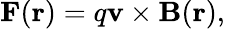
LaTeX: \mathbf{F}(\mathbf{r})=q\mathbf{v}\times\mathbf{B}(\mathbf{r}),